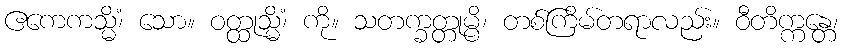
ဧကေကသ္မိံ၊ သော။ ဝတ္ထုသ္မိံ၊ ကို။ သတက္ခတ္တုမ္ပိ၊ တစ်ကြိမ်တရာလည်း။ ဝီတိက္ကန္တေ၊